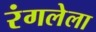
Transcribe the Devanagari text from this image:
रंगलेला